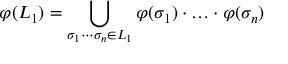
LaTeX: \varphi ( L _ { 1 } ) = \bigcup _ { \sigma _ { 1 } \cdots \sigma _ { n } \in L _ { 1 } } \varphi ( \sigma _ { 1 } ) \cdot \ldots \cdot \varphi ( \sigma _ { n } )